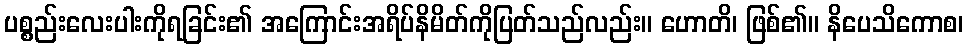
ပစ္စည်းလေးပါးကိုရခြင်း၏ အကြောင်းအရိပ်နိမိတ်ကိုပြတ်သည်လည်း။ ဟောတိ၊ ဖြစ်၏။ နိပေသိကောစ၊